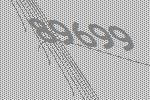
89699